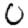
Digit: 0